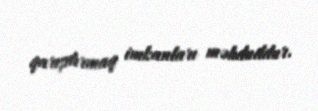
qarışdırmaq imkanları məhduddur.